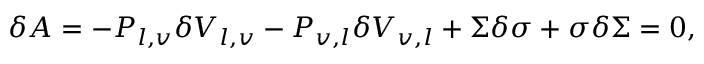
\delta A = - P _ { l , v } \delta V _ { l , v } - P _ { v , l } \delta V _ { v , l } + \Sigma \delta \sigma + \sigma \delta \Sigma = 0 ,